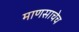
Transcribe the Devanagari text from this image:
माणसाचेच